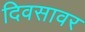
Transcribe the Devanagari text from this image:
दिवसावर